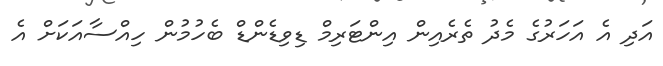
އަދި އެ އަހަރުގެ މެދު ތެރެއިން އިންޓަރިމް ޑިވިޑެންޑް ބެހުމުން ހިއްސާއަކަށް އެ